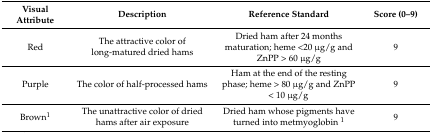
<table><thead><tr><td><b>Visual Attribute</b></td><td><b>Description</b></td><td><b>Reference Standard</b></td><td><b>Score (0–9)</b></td></tr></thead><tbody><tr><td>Red</td><td>The attractive color of long-matured dried hams</td><td>Dried ham after 24 months maturation; heme &lt;20 μg/g and ZnPP &gt; 60 μg/g</td><td>9</td></tr><tr><td>Purple</td><td>The color of half-processed hams</td><td>Ham at the end of the resting phase; heme &gt; 80 μg/g and ZnPP &lt; 10 μg/g</td><td>9</td></tr><tr><td>Brown<sup>1</sup></td><td>The unattractive color of dried hams after air exposure</td><td>Dried ham whose pigments have turned into metmyoglobin <sup>1</sup></td><td>9</td></tr></tbody></table>